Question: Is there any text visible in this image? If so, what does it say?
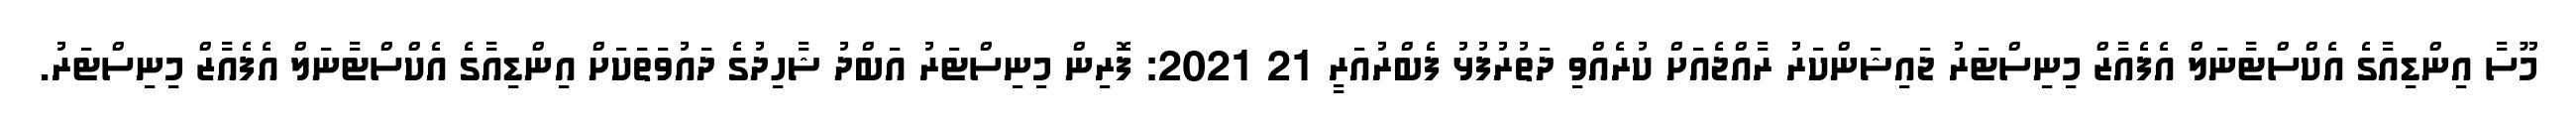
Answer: މޫސާ އިންޑިއާގެ އެކްސްޓާނަލް އެފެއާޒް މިނިސްޓަރު ޖައިޝަންކަރު ރާއްޖެއަށް ކުރެއްވި ދަތުރުފުޅު ފެބްރުއަރީ 21 2021: ފޮރިން މިނިސްޓަރު އަބްދު ޝާހިދުގެ ދައުވަތަކަށް އިންޑިއާގެ އެކްސްޓާނަލް އެފެއާޒް މިނިސްޓަރު.